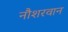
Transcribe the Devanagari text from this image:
नौशरवान